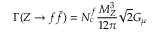
\Gamma ( Z \rightarrow f \bar { f } ) = N _ { c } ^ { f } \frac { M _ { Z } ^ { 3 } } { 1 2 \pi } \sqrt { 2 } G _ { \mu }